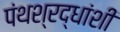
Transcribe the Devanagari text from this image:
पंथश्रद्धांशी